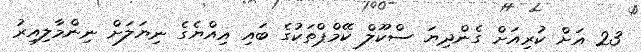
23 އަށް ކުރިއަށް ގެންދިޔަ ސްކޫލް ކޭމްޕްތަކުގެ ބައި އިއްޔެގެ ނިޔަލަށް ނިންމާލިއިރު